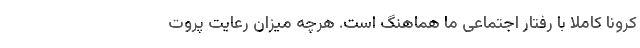
کرونا کاملا با رفتار اجتماعی ما هماهنگ است. هرچه میزان رعایت پروت